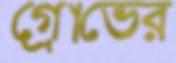
গ্রোভের